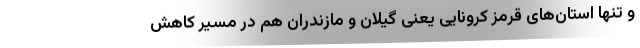
و تنها استان‌های قرمز کرونایی یعنی گیلان و مازندران هم در مسیر کاهش